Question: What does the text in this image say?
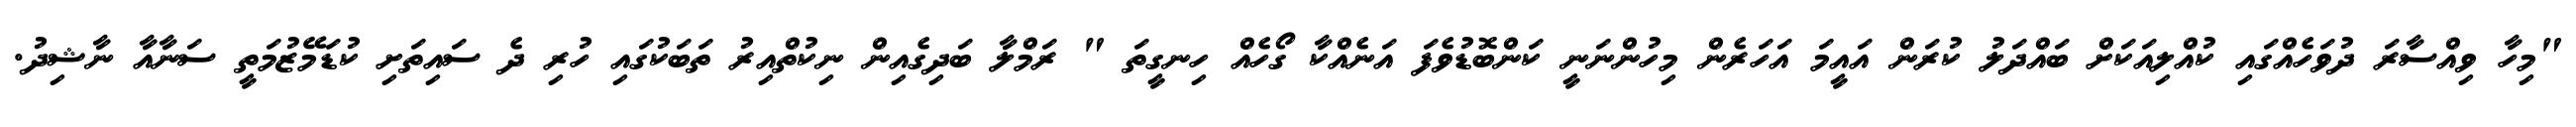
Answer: "މިހާ ވިއްސާރަ ދުވަހެއްގައި ކުއްލިއަކަށް ބައްދަލު ކުރަން އައީމަ އަހަރެން މިހުންނަނީ ކަންބޮޑުވެފަ އަނެއްކާ ގޯހެއް ހިނގީތަ " ރަމްލާ ބަދިގެއިން ނިކުތްއިރު ތަބަކުގައި ހުރި ދެ ސައިތަށި ކުޑަމޭޒުމަތީ ސަނާއާ ނާޝިދު.